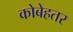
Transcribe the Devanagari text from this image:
कोबेहतर